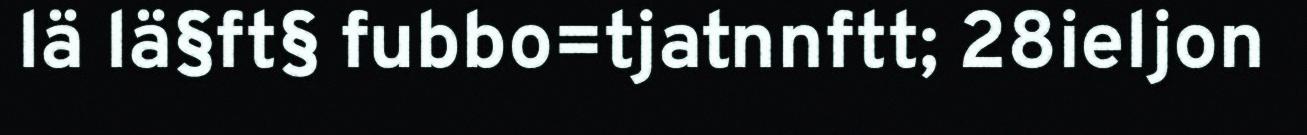
lä lä§ft§ fubbo=tjatnnftt; 28ieljon